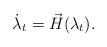
LaTeX: \begin{align*} \dot \lambda_t = \vec H(\lambda_t).\end{align*}